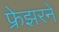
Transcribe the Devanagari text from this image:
फ्रेझरने